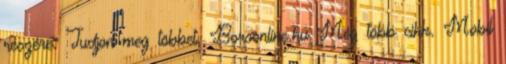
részére. Tudjon meg többet. Borsonline.hu Még több cikk. Mobil